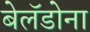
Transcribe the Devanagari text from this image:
बेलॅडोना